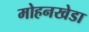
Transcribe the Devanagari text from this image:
मोहनखेडा